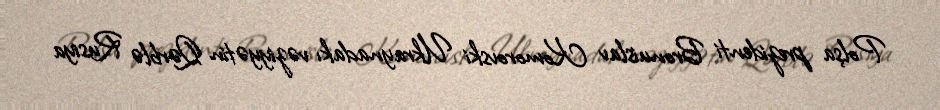
Polşa prezidenti Bronuislav Komorovski Ukraynadakı vəziyyətin Qərblə Rusiya